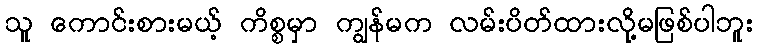
သူ ကောင်းစားမယ့် ကိစ္စမှာ ကျွန်မက လမ်းပိတ်ထားလို့မဖြစ်ပါဘူး